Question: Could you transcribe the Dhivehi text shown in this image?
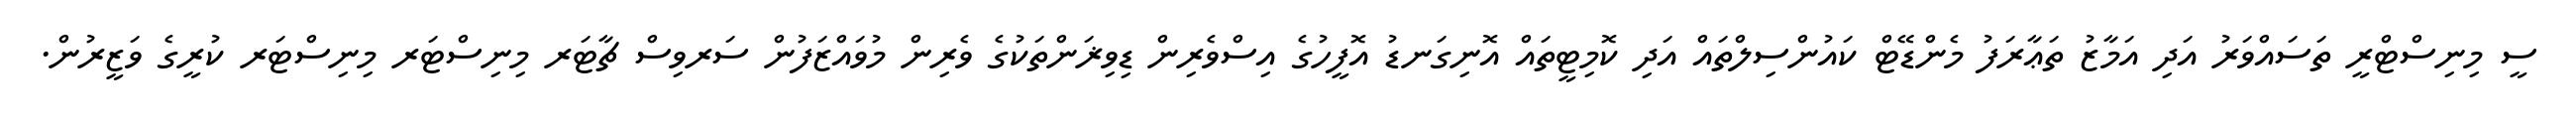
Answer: ސީ މިނިސްޓްރީ ތަސައްވަރު އަދި އަމާޒު ތަޢާރަފު މެންޑޭޓް ކައުންސިލްތައް އަދި ކޮމިޓީތައް އޮނިގަނޑު އޮފީހުގެ އިސްވެރިން ޑިވިޜަންތަކުގެ ވެރިން މުވައްޒަފުން ސަރވިސް ޗާޓަރ މިނިސްޓަރ މިނިސްޓަރ ކުރީގެ ވަޒީރުން.